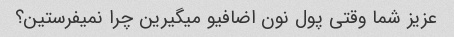
عزیز شما وقتی پول نون اضافیو میگیرین چرا نمیفرستین؟